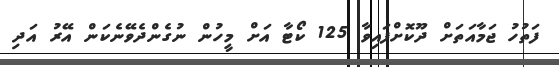
ފަތުހު ޖަމާއަތަށް ދޫކޮށްފައިވާ 125 ކޯޓާ އަށް މީހުން ނުގެންދެވޭނެކަން އޭރު އަދި